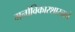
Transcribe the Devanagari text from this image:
मनोविकारशास्त्राचे